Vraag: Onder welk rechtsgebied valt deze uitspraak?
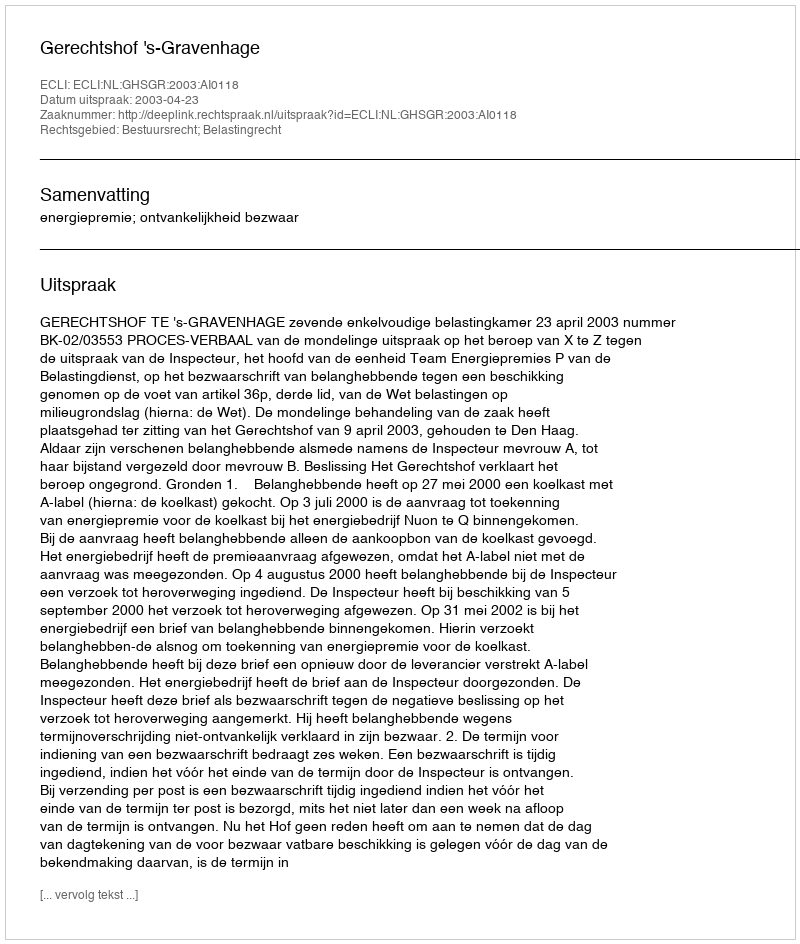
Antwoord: Bestuursrecht; Belastingrecht